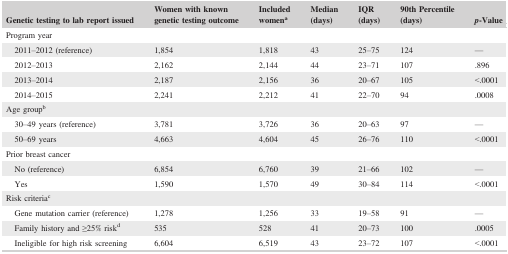
<table><thead><tr><td><b>Genetic testing to lab report issued</b></td><td><b>Women with known genetic testing outcome</b></td><td><b>Included womena</b></td><td><b>Median (days)</b></td><td><b>IQR (days)</b></td><td><b>90th Percentile (days)</b></td><td><b><i>p</i>‐Value</b></td></tr></thead><tbody><tr><td colspan="7">Program year</td></tr><tr><td>2011–2012 (reference)</td><td>1,854</td><td>1,818</td><td>43</td><td>25–75</td><td>124</td><td>—</td></tr><tr><td>2012–2013</td><td>2,162</td><td>2,144</td><td>44</td><td>23–71</td><td>107</td><td>.896</td></tr><tr><td>2013–2014</td><td>2,187</td><td>2,156</td><td>36</td><td>20–67</td><td>105</td><td>&lt;.0001</td></tr><tr><td>2014–2015</td><td>2,241</td><td>2,212</td><td>41</td><td>22–70</td><td>94</td><td>.0008</td></tr><tr><td colspan="7">Age groupb</td></tr><tr><td>30–49 years (reference)</td><td>3,781</td><td>3,726</td><td>36</td><td>20–63</td><td>97</td><td>—</td></tr><tr><td>50–69 years</td><td>4,663</td><td>4,604</td><td>45</td><td>26–76</td><td>110</td><td>&lt;.0001</td></tr><tr><td colspan="7">Prior breast cancer</td></tr><tr><td>No (reference)</td><td>6,854</td><td>6,760</td><td>39</td><td>21–66</td><td>102</td><td>—</td></tr><tr><td>Yes</td><td>1,590</td><td>1,570</td><td>49</td><td>30–84</td><td>114</td><td>&lt;.0001</td></tr><tr><td colspan="7">Risk criteriac</td></tr><tr><td>Gene mutation carrier (reference)</td><td>1,278</td><td>1,256</td><td>33</td><td>19–58</td><td>91</td><td>—</td></tr><tr><td>Family history and ≥25% riskd</td><td>535</td><td>528</td><td>41</td><td>20–73</td><td>100</td><td>.0005</td></tr><tr><td>Ineligible for high risk screening</td><td>6,604</td><td>6,519</td><td>43</td><td>23–72</td><td>107</td><td>&lt;.0001</td></tr></tbody></table>